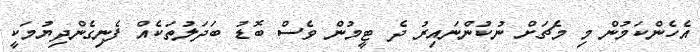
އެހެންކަމުން މި މެޗަށް ނުކުންނައިރު ދެ ޓީމުން ވެސް ބޮޑު ބަދަލުތަކެއް ފެނިގެންދިޔުމަކީ